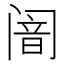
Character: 𬮴